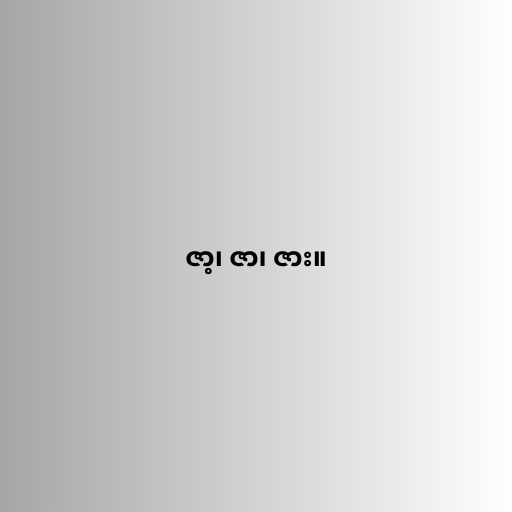
ဇာ့၊ ဇာ၊ ဇား။